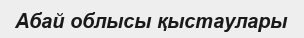
Абай облысы қыстаулары